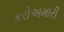
કરોઅમારી